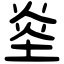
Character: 烾